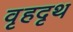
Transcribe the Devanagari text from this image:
वृहदृथ